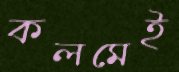
কলমেই